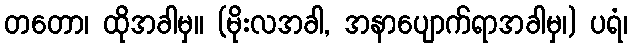
တတော၊ ထိုအခါမှ။ (မိုးလအခါ, အနာပျောက်ရာအခါမှ၊) ပရံ၊